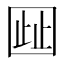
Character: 𫭋